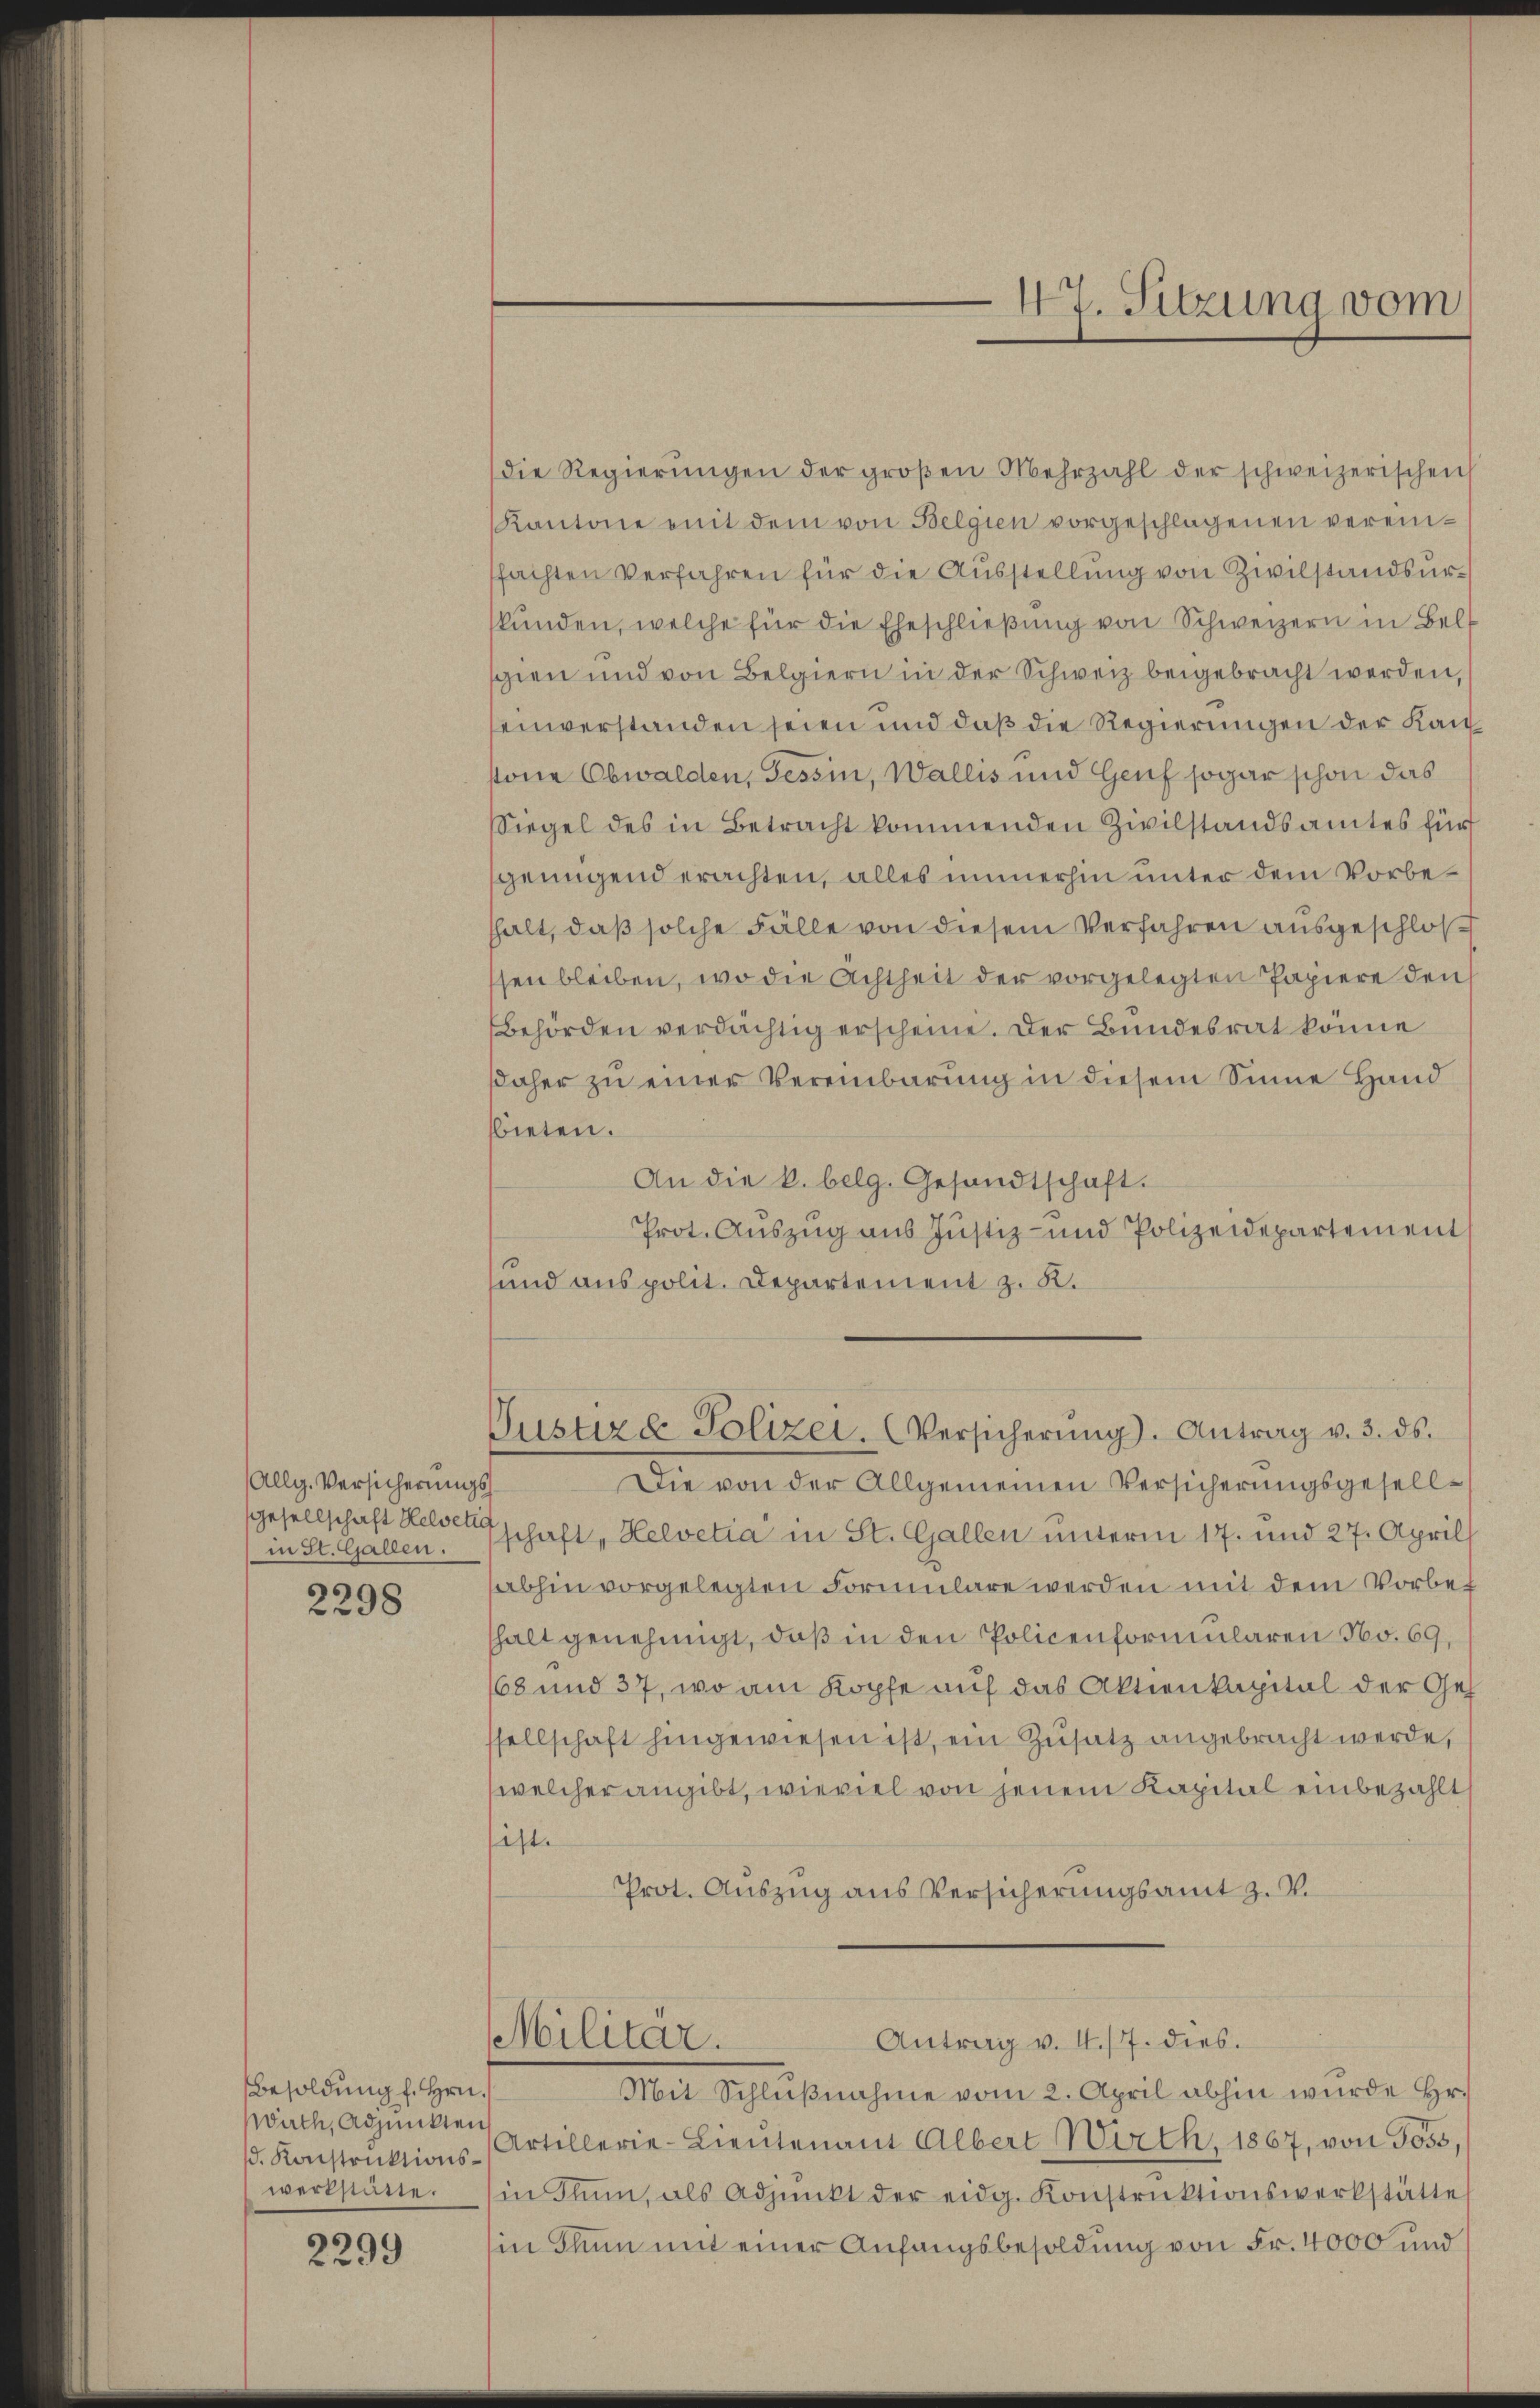
Allg. Versicherungs
Gesellschaft Helvetia
in St. Gallen.

2298

Besoldung l. Hrn.
wirth, Adjunkten
werkstätte.

2299

die Regierŭngen der groβen Mehrzahl der schweizerischen
Kantone mit dem von Belgien vorgeschlagenen vereinfachten Verfahren für die Ausstellung von Zivilstandsurskŭnden, welche für die Eheschlieβŭng von Schweizern in Belf
sgien und von Belgiern in der Schweiz beigebracht werden,
einverstanden seien und daß die Regierungen der Kanstone Obwalden, Tessin, Wallis und Genf sogar schon das
Siegel des in Betracht kommenden Zivilstandsamtes für
genügend erachten, alles immerhin unter dem Vorbehhalt, daß solche Fälle von diesem Verfahren ausgeschloß
sen bleiben, wo die Achtheit der vorgelegten Papiere den
Behörden verdächtig erscheine. Der Bundesrat könne
daher zŭ einer Vereinbarŭng in diesem Sinne Hand
bieten.
An die k. belg. Gesandtschaft.
Prot. Auszug aus Justiz- und Polizeidepartement
und aus polit. Departement z. K.
Justire Polizei. Versicherŭng. Antrag v. 3. ds.
Die von der Allgemeinen Versicherungsgesellschaft, Helvetia in St. Gallen unterm 17. und 27. April
abhin vorgelegten Formulare werden mit dem Vorbet
thalt genehmigt, daß in den Policenformularen No. 69,
168 und 37, wo am Kopfe auf das Aktienkapital der Ges
ssellschaft hingewiesen ist, ein Zusatz angebracht werde,
welcher angibt, wieviel von jenem Kapital einbezahlt
ist.
Prot. Auszug aus Versicherungsamt z. V.

47. Sitzung vom

Militär.
Antrag v. 4./7. dies.

Mit Schlŭβnahme vom 2. April abhin wurde Hr.
d. Konstrŭktions-Artillerie-Lieutenant Albert Wirth, 1867, von Goss,
in Thun, als Adjunkt der eidg. Konstruktionswerkstätte
in Thun mit einer Anfangsbesoldung von Fr. 4000 und